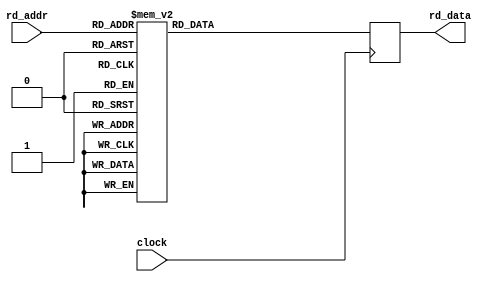
module coeff_ram (input clock, input [3:0] rd_addr, output reg [15:0] rd_data);

   always @(posedge clock)
     case (rd_addr)
       4'd0 : rd_data <= #1 -16'd16;
       4'd1 : rd_data <= #1 16'd74;
       4'd2 : rd_data <= #1 -16'd254;
       4'd3 : rd_data <= #1 16'd669;
       4'd4 : rd_data <= #1 -16'd1468;
       4'd5 : rd_data <= #1 16'd2950;
       4'd6 : rd_data <= #1 -16'd6158;
       4'd7 : rd_data <= #1 16'd20585;
       4'd8 : rd_data <= #1 16'd20585;
       4'd9 : rd_data <= #1 -16'd6158;
       4'd10 : rd_data <= #1 16'd2950;
       4'd11 : rd_data <= #1 -16'd1468;
       4'd12 : rd_data <= #1 16'd669;
       4'd13 : rd_data <= #1 -16'd254;
       4'd14 : rd_data <= #1 16'd74;
       4'd15 : rd_data <= #1 -16'd16;
       default : rd_data <= #1 16'd0;
     endcase // case(rd_addr)
   
endmodule